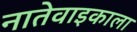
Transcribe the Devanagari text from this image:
नातेवाइकाला